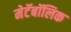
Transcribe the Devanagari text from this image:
मेटॅबॉलिक